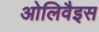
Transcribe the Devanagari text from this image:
ओलिवैइस